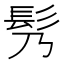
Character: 䯮